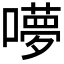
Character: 𭋥